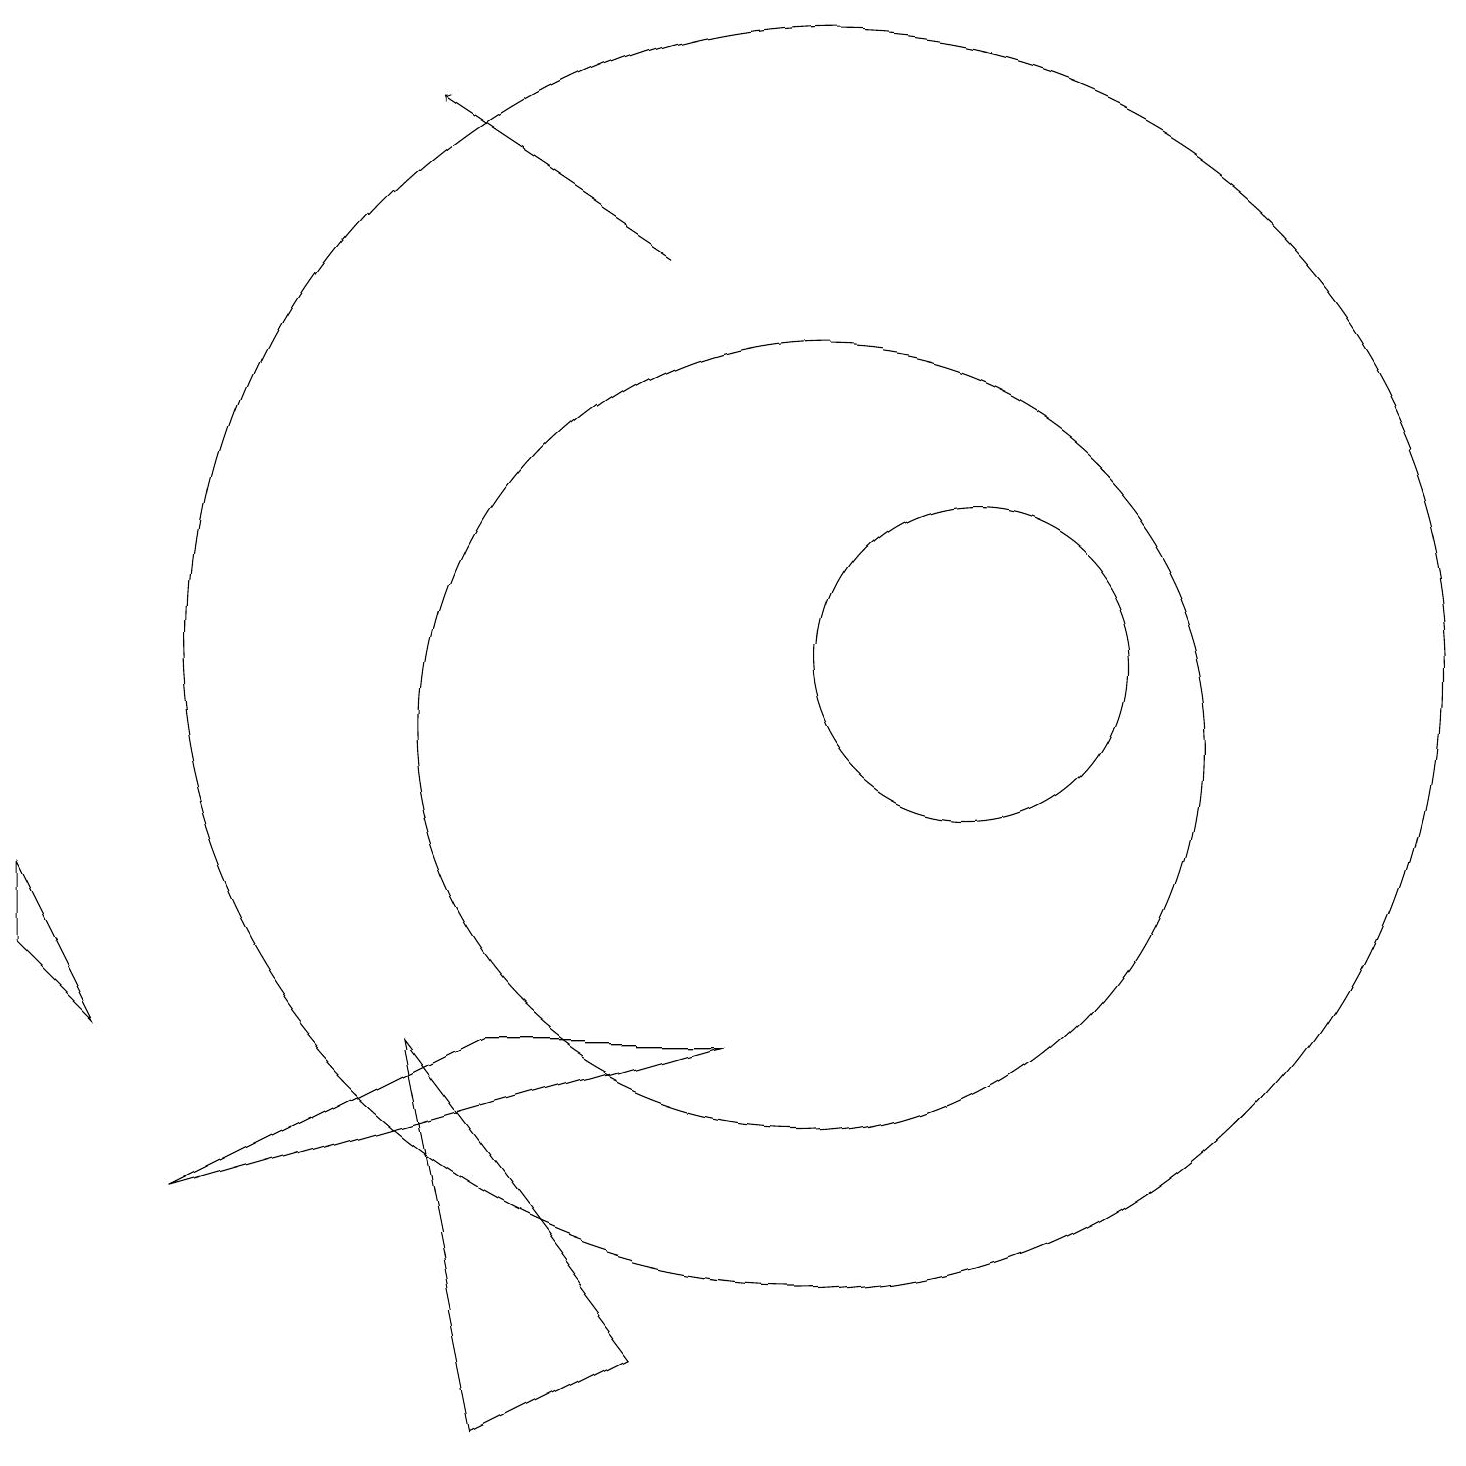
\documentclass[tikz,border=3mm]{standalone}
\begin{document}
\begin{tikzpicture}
\draw[->] (8,16) -- (5,18);
\draw (10,11) circle (8);
\draw (1,6) -- (0,8) -- (0,7) -- cycle;
\draw (2,4) -- (9,6) -- (6,6) -- cycle;
\draw (12,11) circle (2);
\draw (10,10) circle (5);
\draw (6,1) -- (5,6) -- (8,2) -- cycle;
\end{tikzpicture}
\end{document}